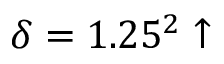
\delta = 1 . 2 5 ^ { 2 } \uparrow